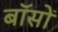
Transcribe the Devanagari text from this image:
बॉसों